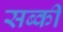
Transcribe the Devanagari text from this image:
सब्की